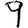
Digit: 9